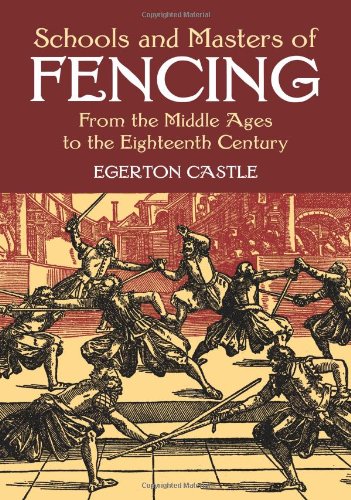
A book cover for Schools and Masters of Fencing: From the Middle Ages to the Eighteenth Century (Dover Military History, Weapons, Armor); Egerton Castle; Sports & Outdoors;